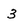
Character: 3